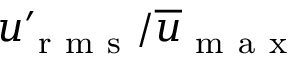
u _ { \mathrm { ~ r ~ m ~ s ~ } } ^ { \prime } / \overline { { u } } _ { \mathrm { ~ m ~ a ~ x ~ } }